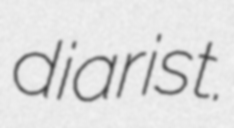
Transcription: diarist.